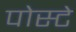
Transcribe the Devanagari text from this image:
पोस्टे